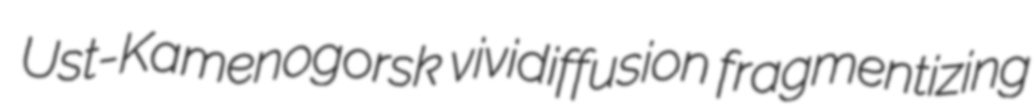
Ust-Kamenogorsk vividiffusion fragmentizing